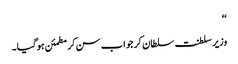
‘‘
وزیر سلطنت سلطان کر جواب سن کر مطمئن ہوگیا۔